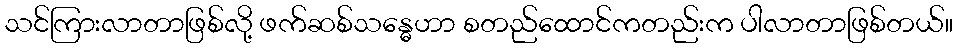
သင်ကြားလာတာဖြစ်လို့ ဖက်ဆစ်သန္ဓေဟာ စတည်ထောင်ကတည်းက ပါလာတာဖြစ်တယ်။